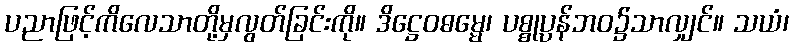
ပညာဖြင့်ကိလေသာတို့မှလွတ်ခြင်းကို။ ဒိဋ္ဌေဝဓမ္မေ၊ ပစ္စုပ္ပန်ဘဝ၌သာလျှင်။ သယံ၊